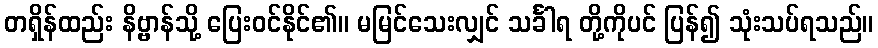
တရှိန်ထည်း နိဗ္ဗာန်သို့ ပြေးဝင်နိုင်၏။ မမြင်သေးလျှင် သင်္ခါရ တို့ကိုပင် ပြန်၍ သုံးသပ်ရသည်။